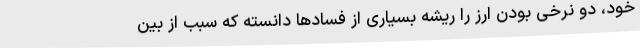
خود، دو نرخی بودن ارز را ریشه بسیاری از فسادها دانسته که سبب از بین